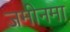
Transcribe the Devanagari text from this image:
जमीनमा